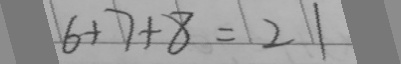
6 + 7 + 8 = 2 1